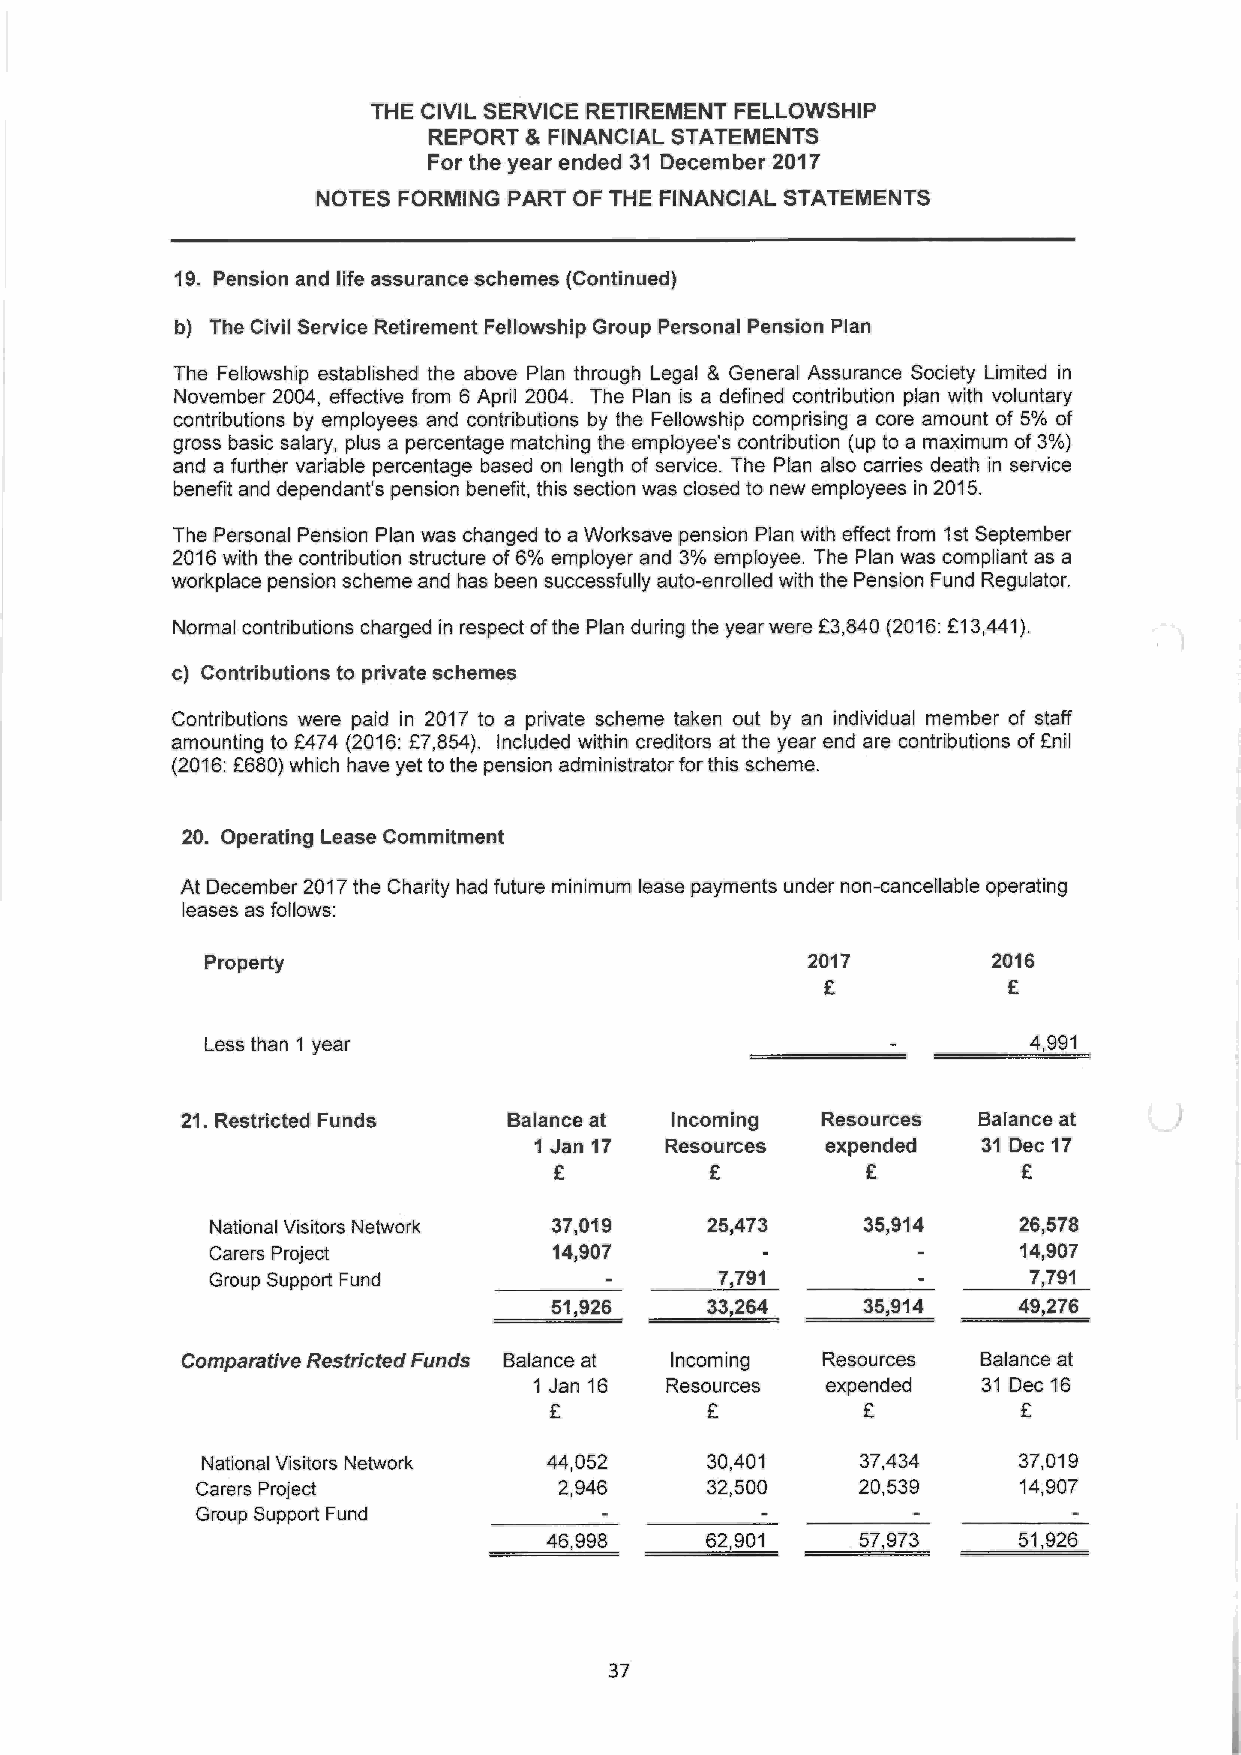
THE CIVIL SERVICE RETIREMENT FELLOWSHIP
 REPORT 8~ FINANCIAL STATEMENTS
 For the year ended 31 December 2017
 NOTES FORMING PART OF THE FINANCIAL STATEMENTS
 19. Pension and life assurance schemes (Continued)
 b) The Civil Service Retirement Fellowship Group Personal Pension Plan
 The Fellowship established the above Plan through Legal &General Assurance Society Limited in
 November 2004, effective from 6 April 2004. The Plan is a defined contribution plan with voluntary
 contributions by employees and contributions by the Fellowship comprising a core amount of 5% of
 gross basic salary, plus a percentage matching the employee's contribution (up to a maximum of 3%)
 and a further variable percentage based on length of service. The Plan also carries death in service
 benefit and dependant's pension benefit, this section was closed to new employees in 2015.
 The Personal Pension Plan was changed to a Worksave pension Plan with effect from 1st September
 2016 with the contribution structure of 6% employer and 3% employee. The Plan was compliant as a
 workplace pension scheme and has been successfully auto-enrolled with the Pension Fund Regulator.
 Normal contributions charged in respect of the Plan during the year were £3,840 (2016: £13,441).
 c) Contributions to private schemes
 Contributions were paid in 2017 to a private scheme taken out by an individual member of staff
 amounting to £474 (2016: £7,854). Included within creditors at the year end are contributions of £nil
 (2016: £680) which have yet to the pension administrator for this scheme.
 20. Operating Lease Commitment
 At December 2017 the Charity had future minimum lease payments under non-cancellable operating
 leases as follows:
 Property                                2017         2016
 £            £
 Less than 1 year                              -        4,991
 21. Restricted Funds  Balance at Incoming Resources  Balance at
 1 Jan 17 Resources  expended  31 Dec 17
 £          £         £         £
 National Visitors Network 37,019 25,473    35,914    26,578
 Carers Project        14,907        -          -     14,907
 Group Support Fund        -      7,791         -      7,791
 51,926     33,264    35,914    49,276
 Comparative Restricted Funds Balance at Incoming Resources Balance at
 1 Jan 16 Resources  expended  31 Dec 16
 £          £         £         £
 National Visitors Network 44,052  30,401    37,434    37,019
 Carers Project          2,946     32,500    20,539    14,907
 Group Support Fund         -         -         -          -
 46,998     62,901    57,973    51,926
 37